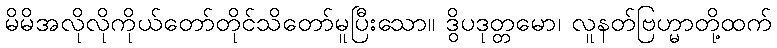
မိမိအလိုလိုကိုယ်တော်တိုင်သိတော်မူပြီးသော။ ဒွိပဒုတ္တမော၊ လူနတ်ဗြဟ္မာတို့ထက်